Notes on vaccination in the North-West Frontier Province 1923-1928 - 1923-1928
Year: 1923
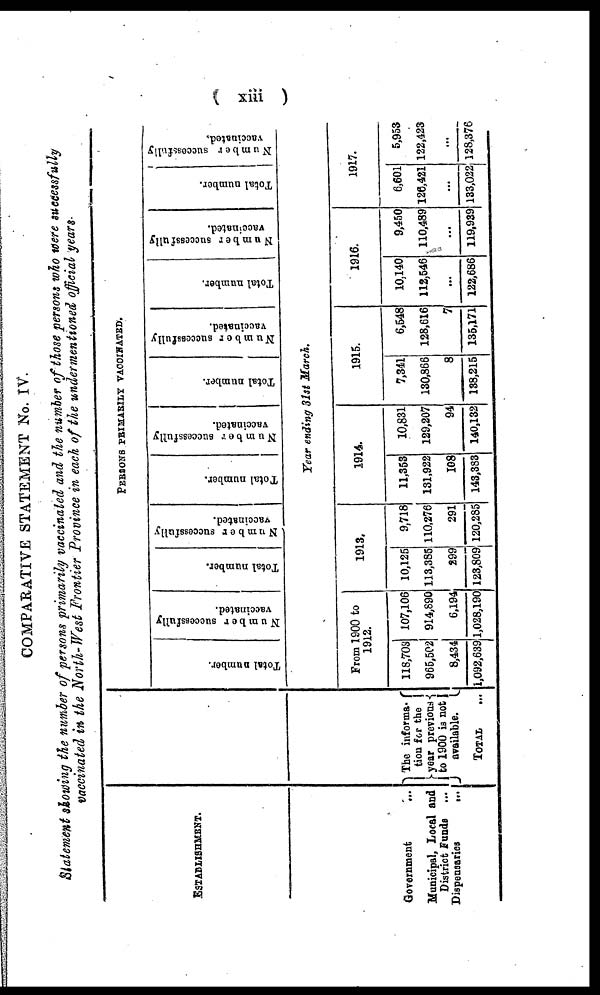
( xiii )
COMPARATIVE STATEMENT No. IV.
Statement showing the number of persons primarily vaccinated and the number of those persons who were successfully
vaccinated in the North-West Frontier Province in each of the undermentioned official years.
ESTABLISHMENT.
Government
...
Municipal, Local and
District Funds ...
Dispensaries
...
The informa¬
tion for the
year previous
to 1900 is not
available.
TOTAL ...
PERSONS PRIMARILY VACCINATED.
Total number.
Number successfully
vaccinated.
Total number.
Number successfully
vaccinated.
Total number.
Number successfully
vaccinated.
Total number.
Number successfully
vaccinated.
Total number.
Number successfully
vaccinated.
Total number.
Number successfully
vaccinated.
Year ending 31st March.
From 1900 to
1912.
118,703
965,502
8,434
1,092,639
107,106
914,890
6,194
1,028,190
1913.
10,125
113,385
299
123,809
9,718
110,276
291
120,285
1914.
11,353
131,922
108
143,383
10,831
129,207
94
140,132
1915.
7,341
130,866
8
138,215
6,548
128,616
7
135,171
1916.
10,140
112,546
...
122,686
9,450
110,489
...
119,939
1917.
6,601
126,421
...
133,022
5,953
122,423
...
128,376